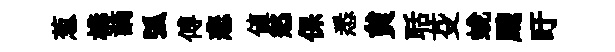
葱構謫弧傅悲値愁保悉貟聒芟蛻颼盱